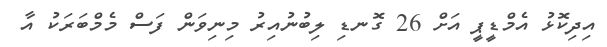
އިދިކޮޅު އެމްޑީޕީ އަށް 26 ގޮނޑި ލިބުނުއިރު މިނިވަން ފަސް މެމްބަރަކު އާ